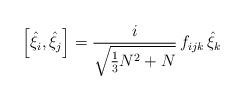
LaTeX: \begin{align*}\left[{\hat\xi}_i,{\hat\xi}_j\right]=\frac{i}{\sqrt{\frac{1}{3}N^2+N}}\,f_{ijk}\,{\hat\xi}_k\end{align*}